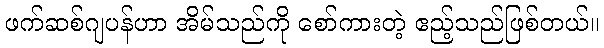
ဖက်ဆစ်ဂျပန်ဟာ အိမ်သည်ကို စော်ကားတဲ့ ဧည့်သည်ဖြစ်တယ်။